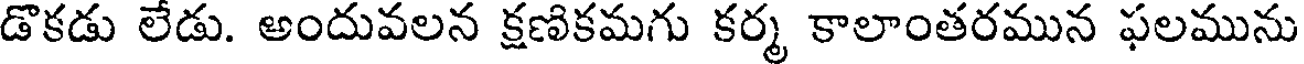
డొకడు లేడు. అందువలన క్షణికమగు కర్మ కాలాంతరమున ఫలమును